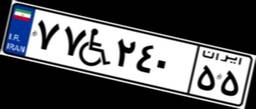
۷۷W۲۴۰۵۵